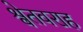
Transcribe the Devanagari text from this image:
श्वेतवराह